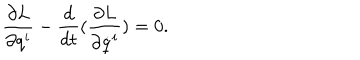
\frac { \partial { L } } { \partial q ^ { i } } - \frac { d } { d t } ( \frac { \partial { L } } { \partial \dot { q } ^ { i } } ) = 0 .